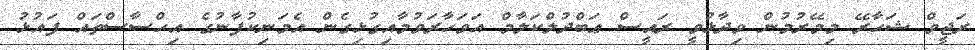
ރަޖީވް ޝަހާރޭ މިމޭރުމުން ވިދާޅުވީ ރައީސް ޢަބްދުލްކަލާމް އަވަހާރަވުމާއިގުޅިގެން އެމަނިކުފާނުގެ އިޙްސާސްތައް ފައުޅު